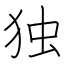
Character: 独